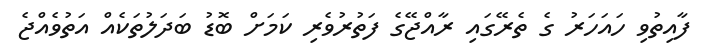
ފާއިތުވި ހައަހަރު ގެ ތެރޭގައި ރާއްޖޭގެ ފަތުރުވެރި ކަމަށް ބޮޑު ބަދަލުތަކެއް އަތުވެއްޖެ